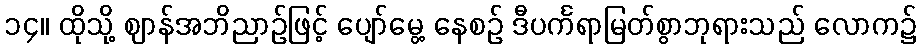
၁၄။ ထိုသို့ ဈာန်အဘိညာဉ်ဖြင့် ပျော်မွေ့ နေစဉ် ဒီပင်္ကရာမြတ်စွာဘုရားသည် လောက၌